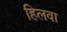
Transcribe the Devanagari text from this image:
हिलवा